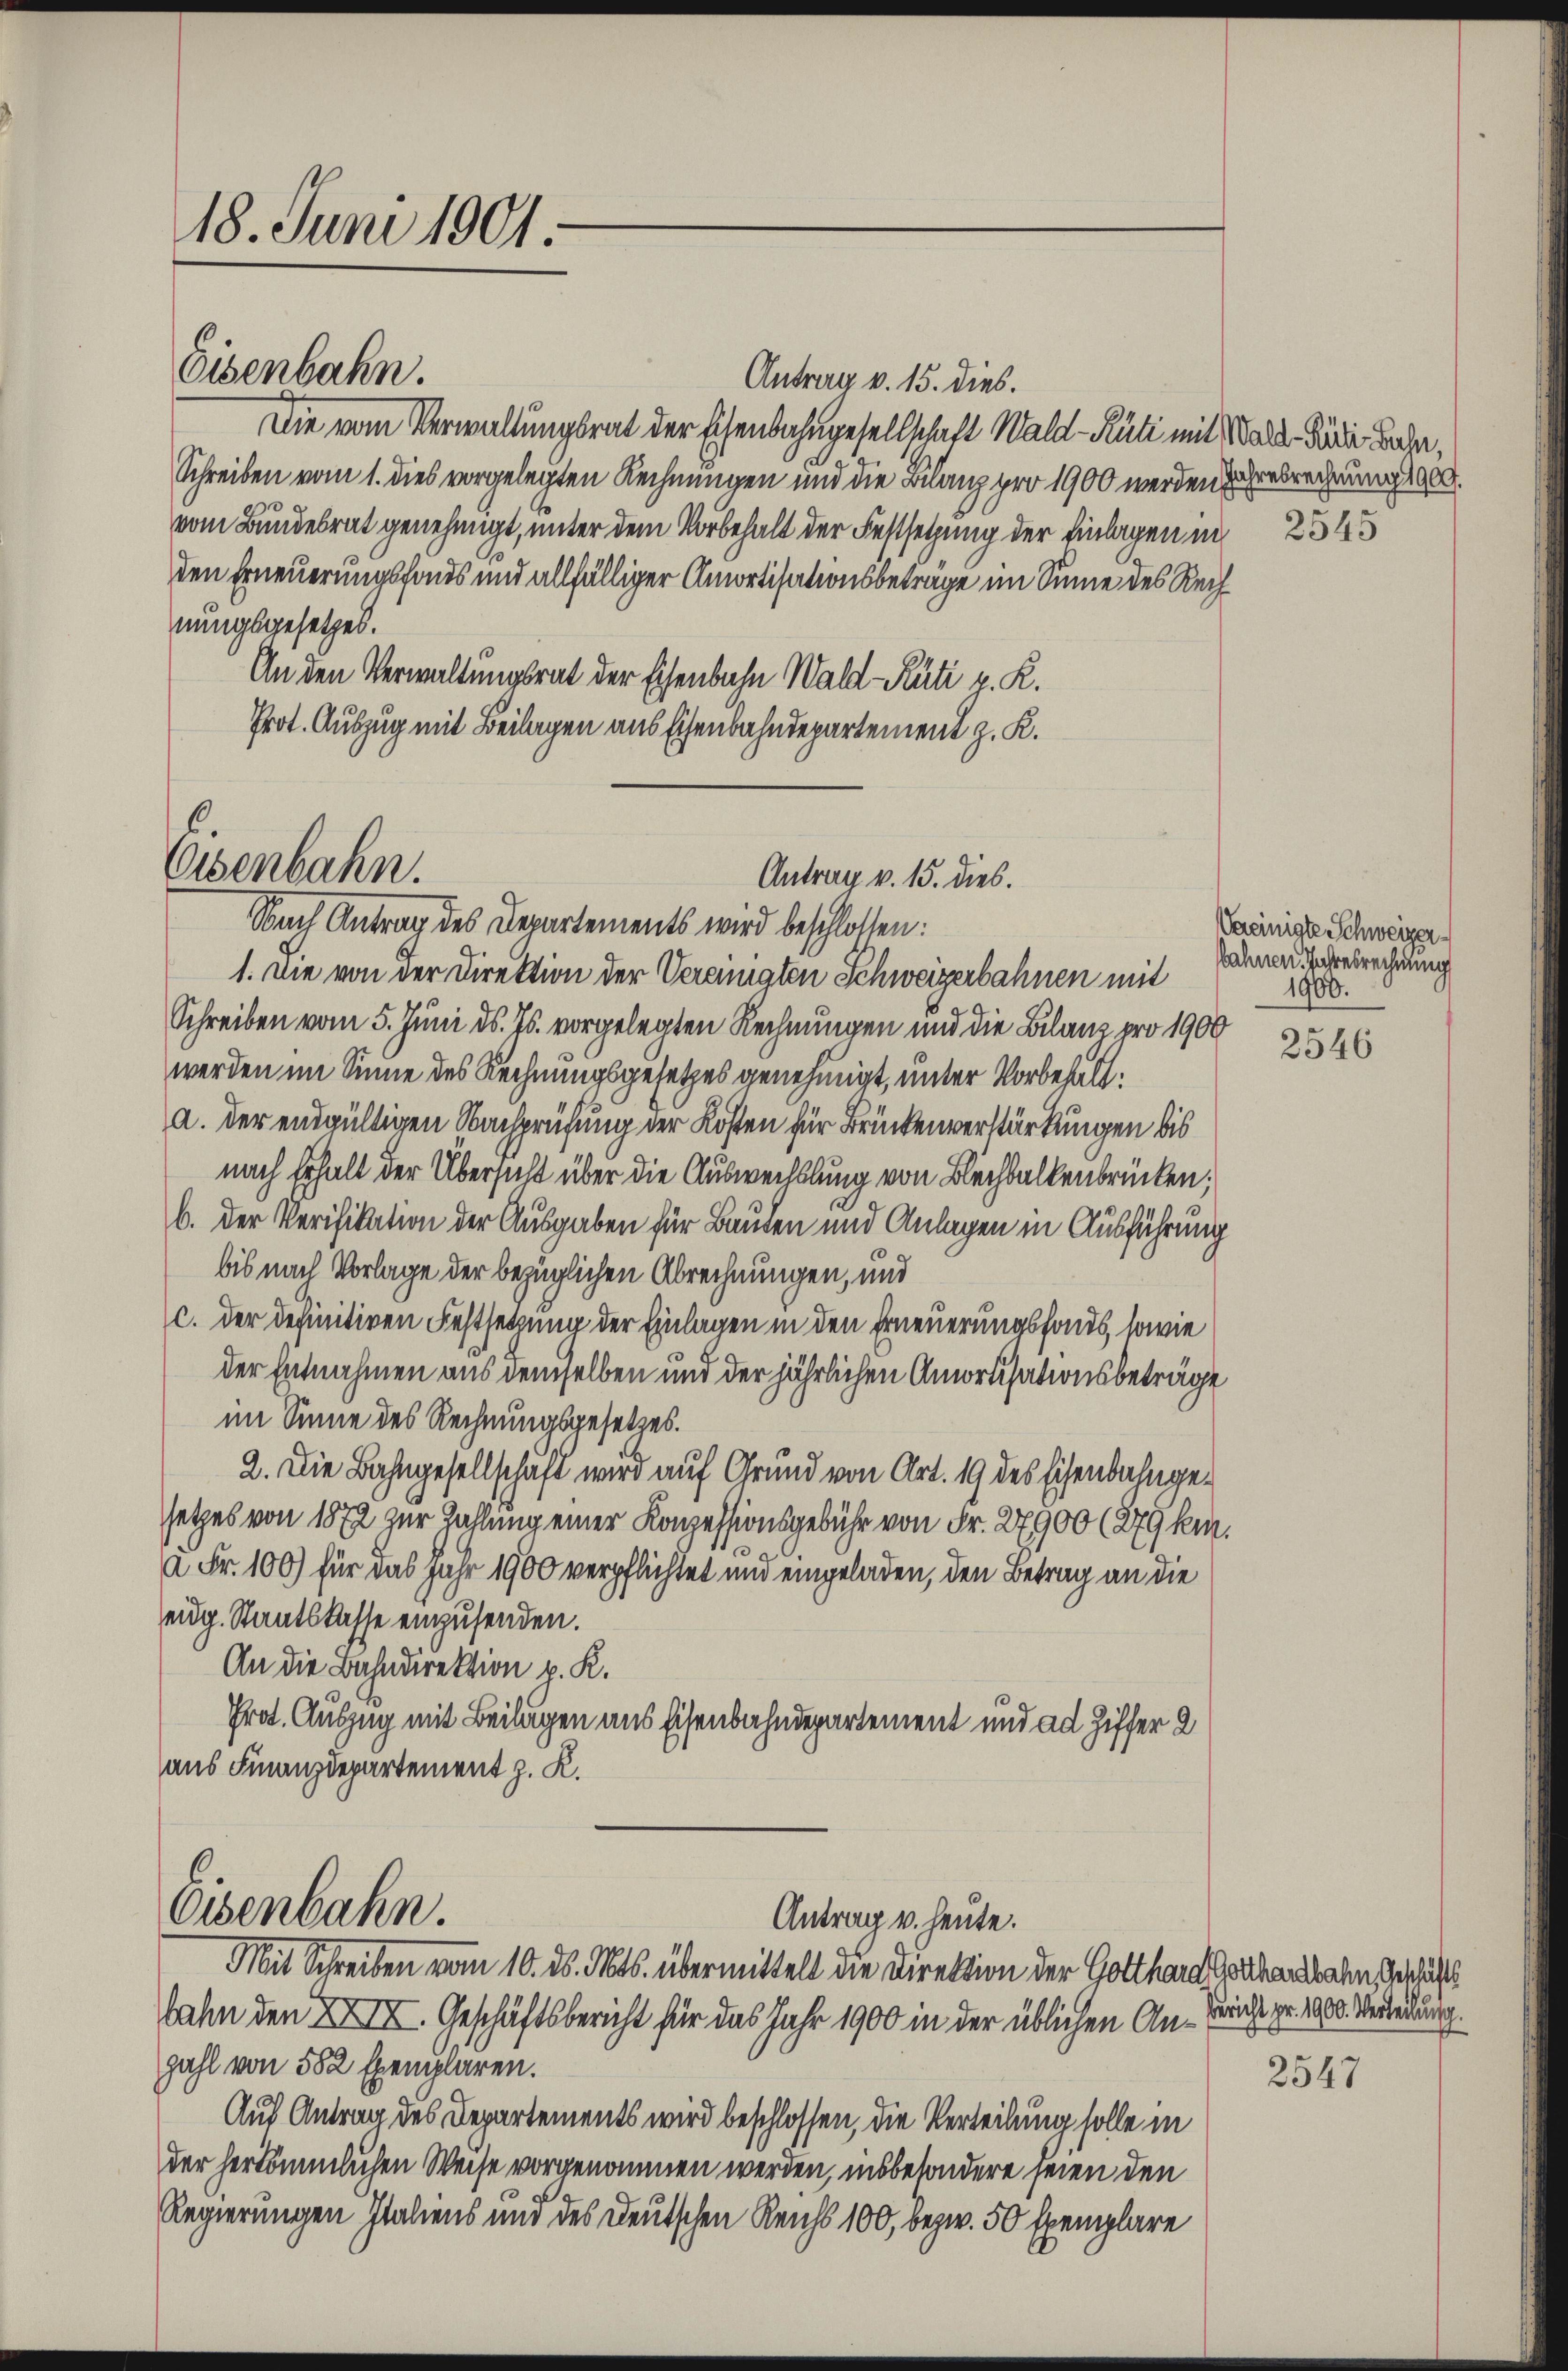
18. Juni 1901

Antrag v. 15. dies.
Die vom Verwaltungsrat der Eisenbahngesellschaft Wald–Rüti mit Male Rede Bache,
Schreiben vom 1. dies vorgelegten Rechnungen und die Bilanz pro 1900 werden Jahresrechnung 1900.
vom Bundesrat genehmigt, unter dem Vorbehalt der Festsetzung der Einlagen in 254
den Erneuerungsfonds und allfälliger Amortisationsbeträge im Sinne des Rechnungsgesetzes.
An den Verwaltungsrat der Eisenbahn Wald–Rüti z. R.
Prot. Auszug mit Beilagen aus Eisenbahndepartement z. K.
Nach Antrag des Departements wird beschlossen:
1. Die von der Direktion der Vereinigten Schweizerbahnen mit
Schreiben vom 5. Juni d. Js. vorgelegten Rechnungen und die Bilanz pro 1900
werden im Sinne des Rechnungsgesetzes genehmigt, unter Vorbehälta. der endgültigen Nachprüfung der Kosten für Brückenverstärkungen bis
nach Erhalt der Übersicht über die Auswechslung von Blechbalkenbrücken.
b. Der Verifikation der Ausgaben für Bauten und Anlagen in Ausführung
bis nach Vorlage der bezüglichen Abrechnungen, und
c. der definitiven Festsetzung der Einlagen in den Erneuerungsfonds, sowie
der Entnahmen aus demselben und der jährlichen Amortisationsbeträge
im Sinne des Rechnungsgesetzes.
2. Die Bahngesellschaft wird auf Grund von Art. 19 des Eisenbahngesetzes von 1872 zur Zahlung einer Konzessionsgebühr von Fr. 27900 (279 km.
à Fr. 100) für das Jahr 1900 verpflichtet und eingeladen, den Betrag an die
eidg. Staatskasse einzusenden.
An die Bahndirektion v. K.
Prot. Auszug mit Beilagen aus Eisenbahndepartement und ad Ziffer 2
aus Finanzdepartement z. K.

Eisenbahn.

Osenbahn.

Osenbahn.

Antrag v. 15. dies.

Antrag u. heute.

Mit Schreiben vom 10. ds. Mts. übermittelt die Direktion der Gotthard sichenbachen Geschäft
bahn den XXIII. Geschäftsbericht für das Jahr 1900 in der üblichen An-Gericht pr. 1000. Verredung
zahl von 582 Exemplaren.
Auf Antrag des Departements wird beschlossen, die Verteilung solle in
der herkämmlichen Weise vorgenommen werden, insbesondere seien den
Regierungen Italiens und des Deutschen Reichs 100, bezw. 50 Exemplare

Veeinigte Schweizer-
bahnen Jahresrechnung
1900.

2546

2547